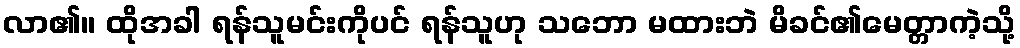
လာ၏။ ထိုအခါ ရန်သူမင်းကိုပင် ရန်သူဟု သဘော မထားဘဲ မိခင်၏မေတ္တာကဲ့သို့